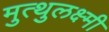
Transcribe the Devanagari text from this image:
मुत्थुलक्ष्मी